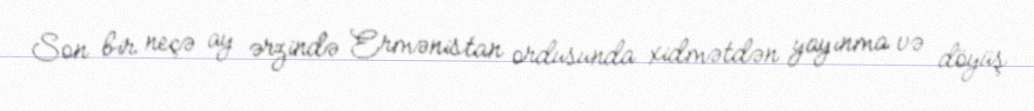
Son bir neçə ay ərzində Ermənistan ordusunda xidmətdən yayınma və döyüş